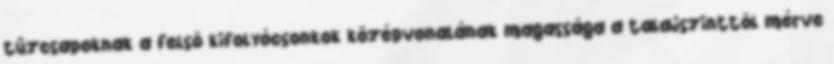
tûzcsapoknak a felsõ kifolyócsonkok középvonalának magassága a talajszinttõl mérve